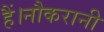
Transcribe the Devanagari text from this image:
हैं।नौकरानी